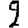
Digit: 2